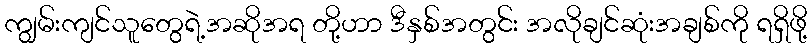
ကျွမ်းကျင်သူတွေရဲ့အဆိုအရ တို့ဟာ ဒီနှစ်အတွင်း အလိုချင်ဆုံးအချစ်ကို ရရှိဖို့